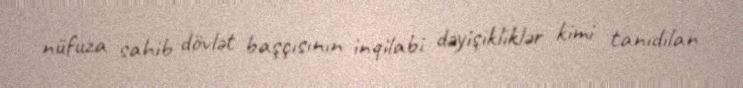
nüfuza sahib dövlət başçısının inqilabi dəyişikliklər kimi tanıdılan